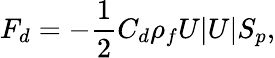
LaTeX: F_{d}=-\frac{1}{2}C_{d}\rho_{f}U|U|S_{p},